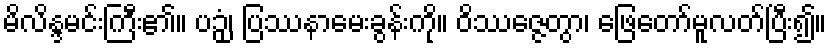
မိလိန္ဒမင်းကြီး၏။ ပဉှံ၊ ပြဿနာမေးခွန်းကို။ ဝိဿဇ္ဇေတွာ၊ ဖြေတော်မူလတ်ပြီး၍။